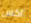
آكس